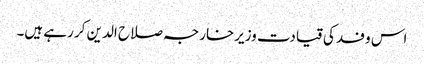
اس وفد کی قیادت وزیرخارجہ صلاح الدین کر رہے ہیں۔